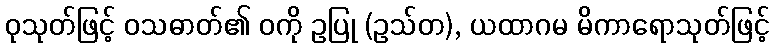
ဝုသုတ်ဖြင့် ဝသဓာတ်၏ ဝကို ဥပြု (ဥသ်တ), ယထာဂမ မိကာရောသုတ်ဖြင့်